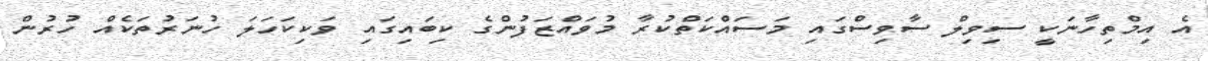
އެ އިމްތިހާނަކީ ސިވިލް ސާވިސްގައި މަސައްކަތްކުރާ މުވައްޒަފުންގެ ކިބައިގައި ވަކިކަހަލަ ހުނަރުތަކެއް ހުރުން